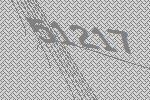
51217